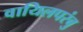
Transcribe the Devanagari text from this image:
वायिलपरंबु